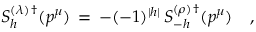
{ \cal S } _ { h } ^ { ( \lambda ) \, \dagger } ( p ^ { \mu } ) \, = \, - ( - 1 ) ^ { | h | } \, { \cal S } _ { - h } ^ { ( \rho ) \, \dagger } ( p ^ { \mu } ) \quad ,